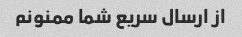
از ارسال سریع شما ممنونم